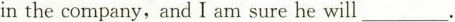
in the company,and I am sure he will___.